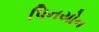
પિનયોન